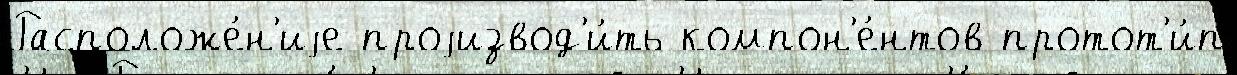
Расположе́н'иjе проjизвод'и́ть компон'е́нтов протот'и́п